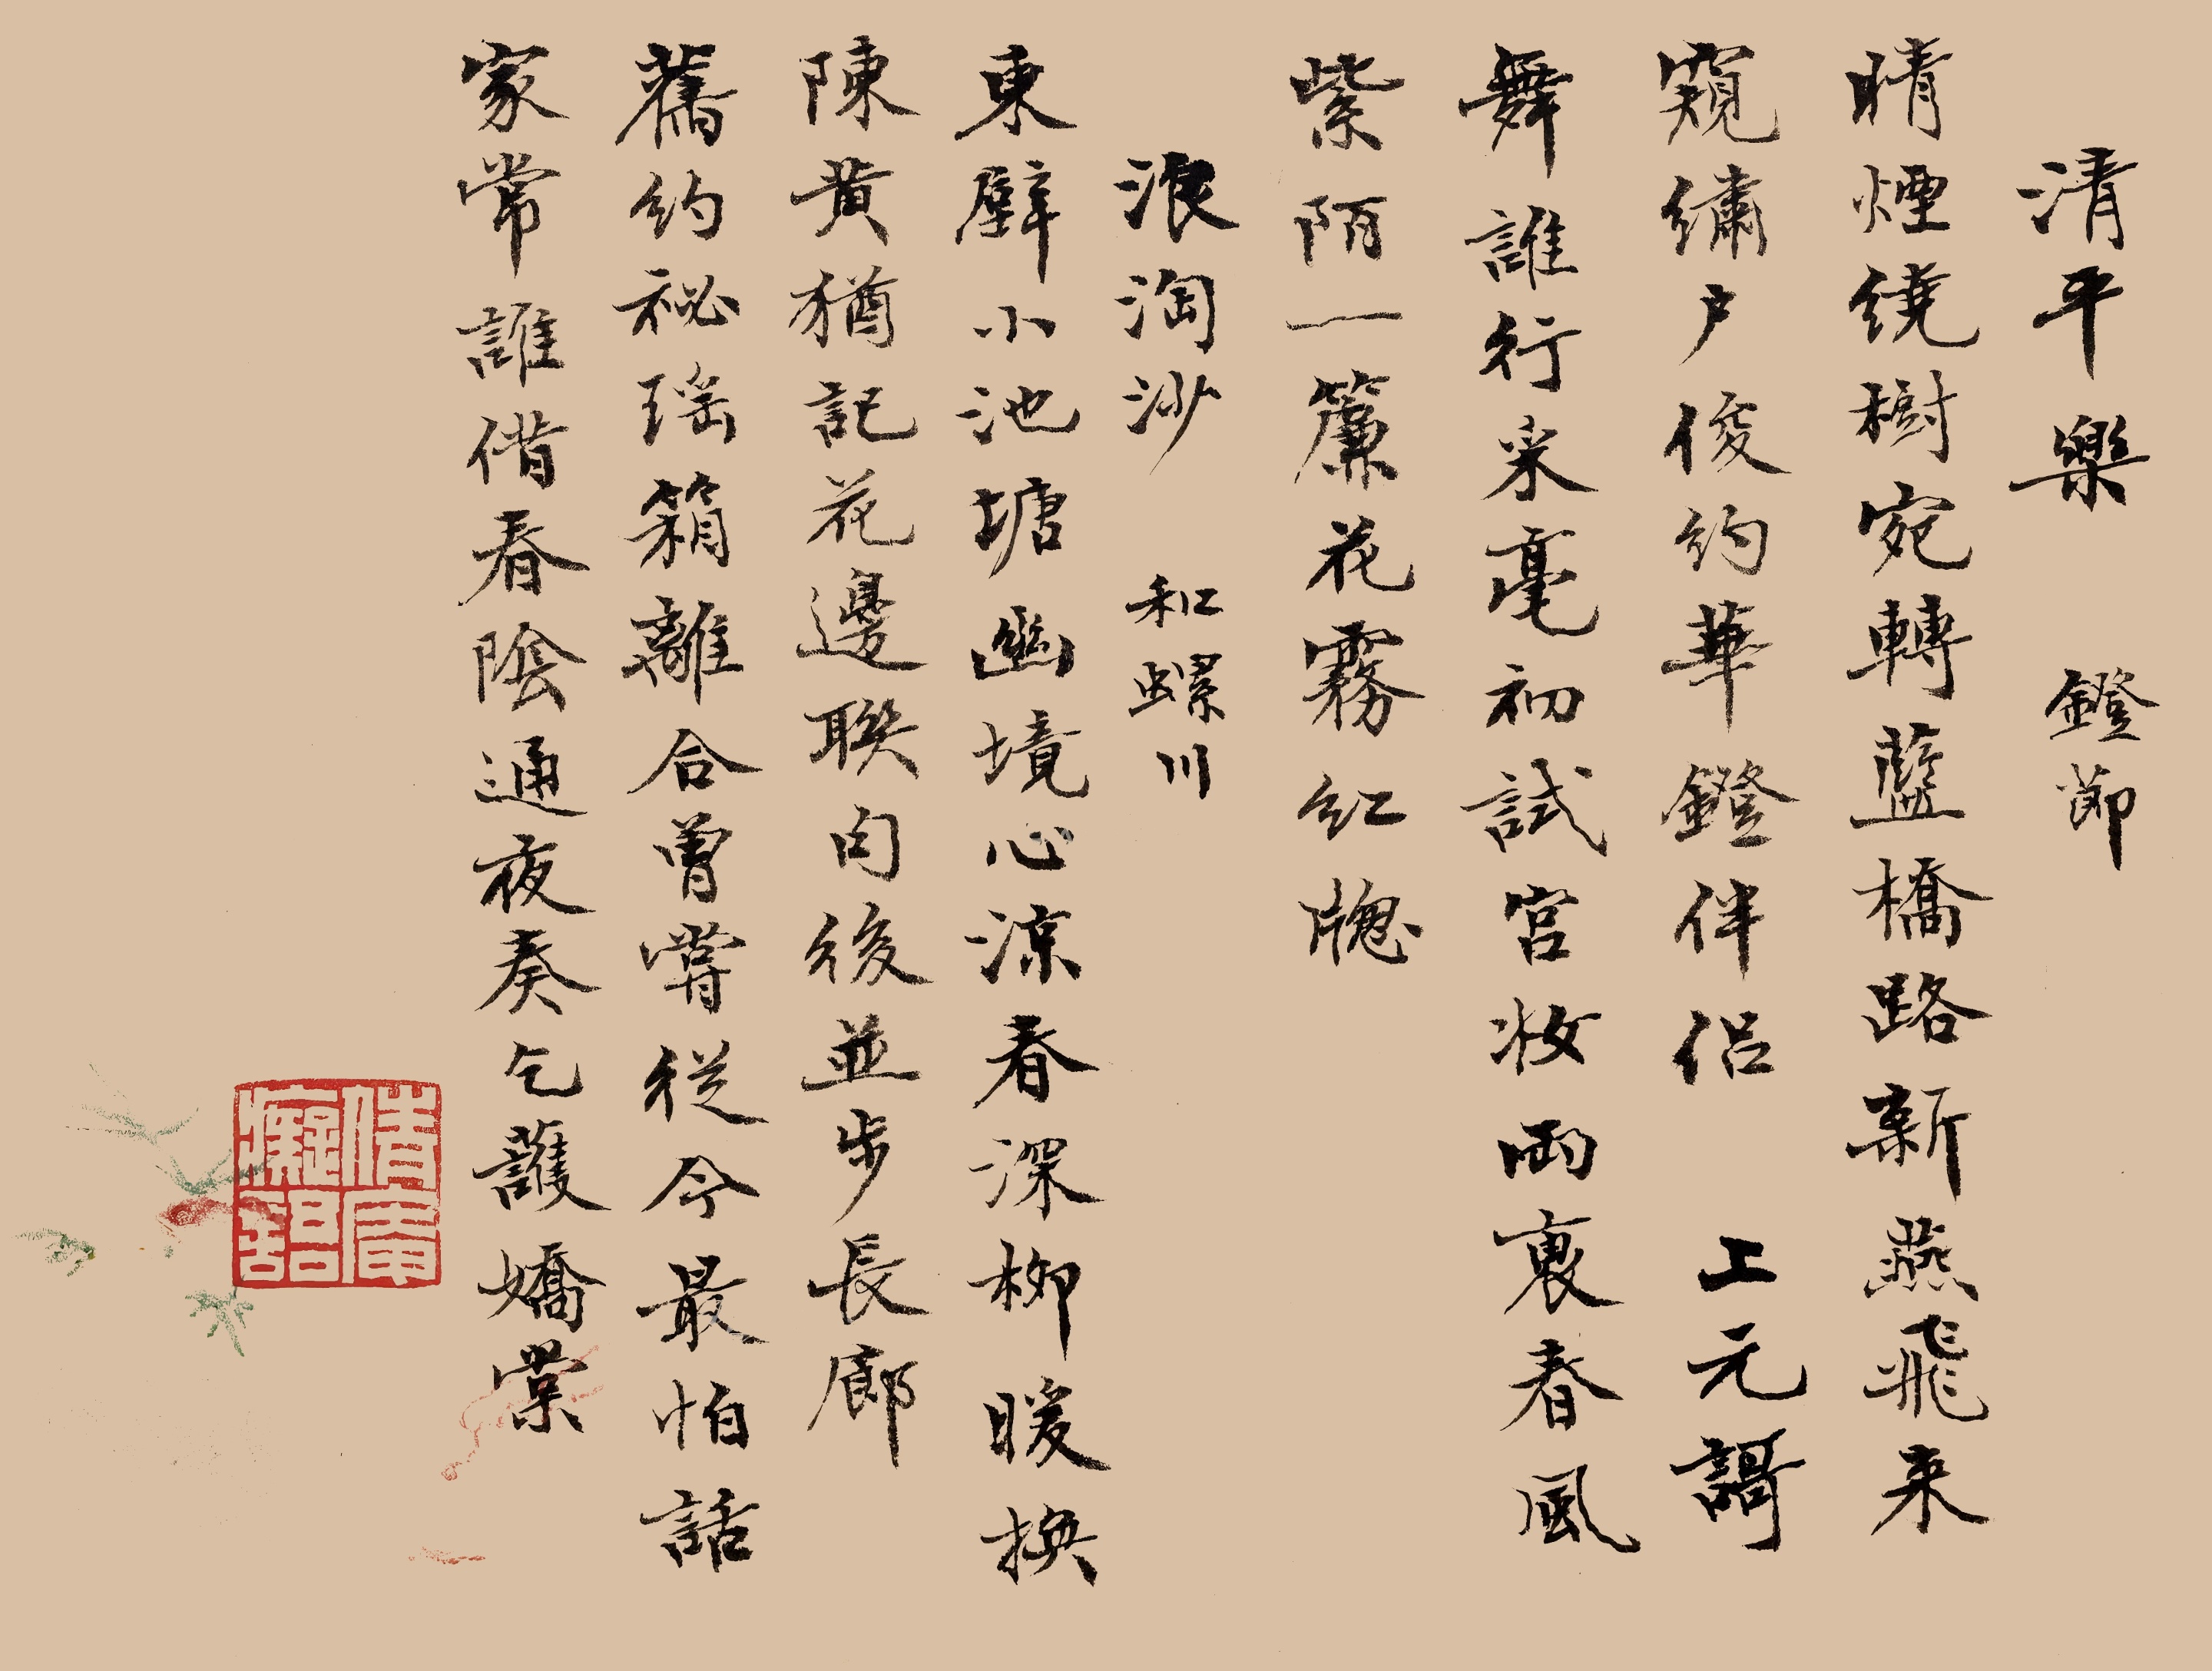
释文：清平乐，灯节。晴烟绕树。宛转蓝桥路。新燕飞来窥绣户。俊约华镫伴侣。上元歌舞谁行。采毫初试宫妆。两袖春风紫陌，一帘花雾红窗。
浪淘沙，和螺川。东壁小池塘。幽境心凉。春深柳暖换陈黄。犹记花边联句后，并步长廊。旧约秘瑶箱。离合曾尝。从今最怕话家常。谁借春阴通夜奏，乞护娇棠。倩庵痴语